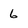
Character: 6